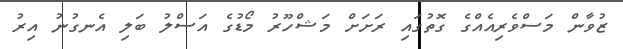
ޒުވާން މަސްވެރިއެއްގެ ގޮތުގައި ރަށަށް މަޝްހޫރު މޯޑުގެ އަސްލު ބަލި އެނގުނު އިރު